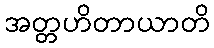
အတ္တဟိတာယာတိ